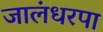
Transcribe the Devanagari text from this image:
जालंधरपा